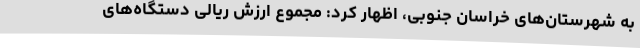
به شهرستان‌های خراسان جنوبی، اظهار کرد: مجموع ارزش ریالی دستگاه‌های